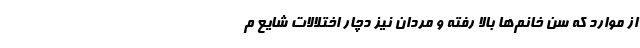
از موارد که سن خانم‌ها بالا رفته و مردان نیز دچار اختلالات شایع م